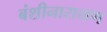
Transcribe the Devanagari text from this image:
बंशीनारायण